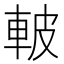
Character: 𮝌